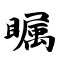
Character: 瞩